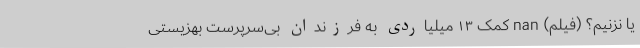
یا نزنیم؟ (فیلم) nan کمک ۱۳ میلیاردی به فرزندان بی‌سرپرست بهزیستی